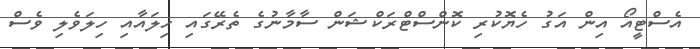
އެސްޓީއޯ އިން އަގު ހެޔޮކުރި ކޮންސްޓްރަކްޝަން ސާމާނުގެ ތެރޭގައި ހިލައާއި ހިލަވެލި ވެސް